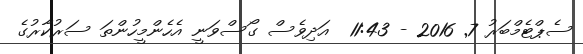
ސެޕްޓެމްބަރު 7